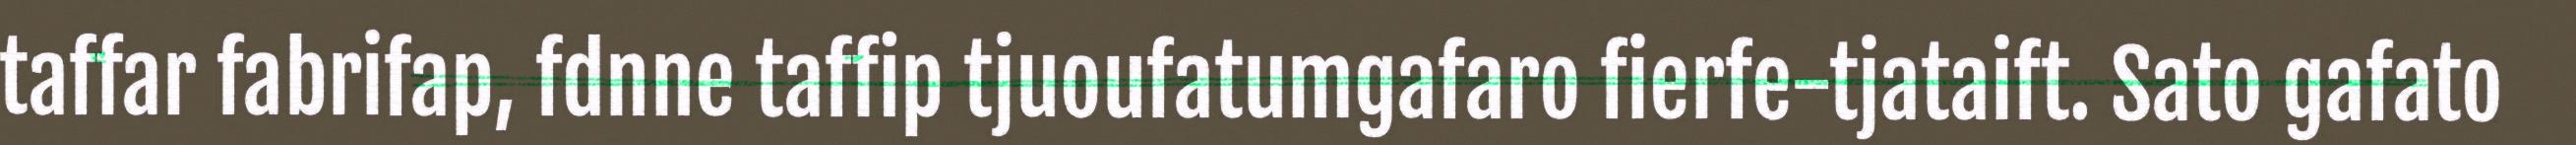
taffar fabrifap, fdnne taffip tjuoufatumgafaro fierfe-tjataift. Sato gafato